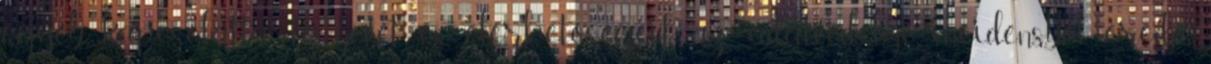
egyéb kapcsolattartó nevét és elérhetőségeit, az adatvédelmi incidensből eredő,